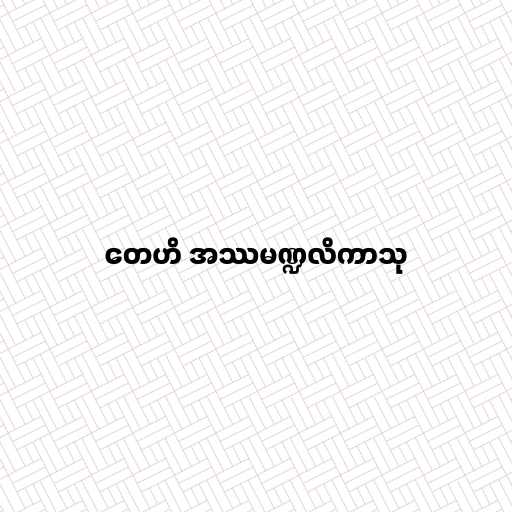
တေဟိ အဿမဏ္ဍလိကာသု